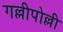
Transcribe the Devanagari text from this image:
गल्लीपोल्ली